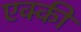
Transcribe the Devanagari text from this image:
एक्की